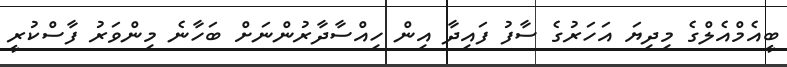
ބީއެމްއެލްގެ މިދިޔަ އަހަރުގެ ސާފު ފައިދާ އިން ހިއްސާދާރުންނަށް ބަހާނެ މިންވަރު ފާސްކުރީ